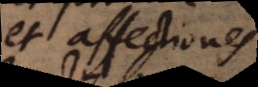
et affectiones